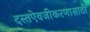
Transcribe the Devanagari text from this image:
दस्तऐवजीकरणासाठी